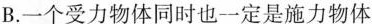
B.一个受力物体同时也一定是施力物体